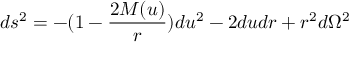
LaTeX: d s ^ { 2 } = - ( 1 - \frac { 2 M ( u ) } r ) d u ^ { 2 } - 2 d u d r + r ^ { 2 } d \Omega ^ { 2 }